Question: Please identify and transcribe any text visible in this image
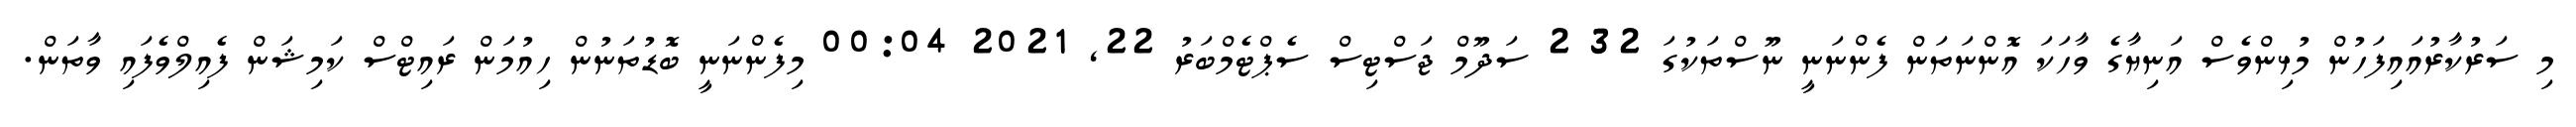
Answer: މި ސަރުކާރުއައިފަހުން މުޅިންވެސް އަނިޔާގެ ވާހަކަ އޮންނަތަން ފެންނަނީ ނޫސްތަކުގަ 32 2 ސަދޫމް ޖަސްޓިސް ސެޕްޓެމްބަރު 22, 2021 00:04 މިފެންނަނީ ބޮޑުތަނުން ހިއުމަން ރައިޓްސް ކަމިޝަން ފެއިލްވެފައި ވާތަން.